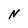
Character: N